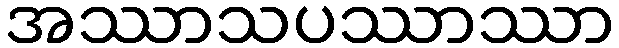
အဿာသပဿာဿာ